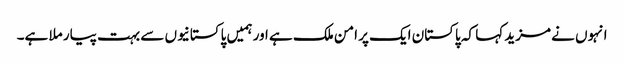
انہوں نے مزید کہا کہ پاکستان ایک پر امن ملک ہے اور ہمیں پاکستانیوں سے بہت پیار ملا ہے۔